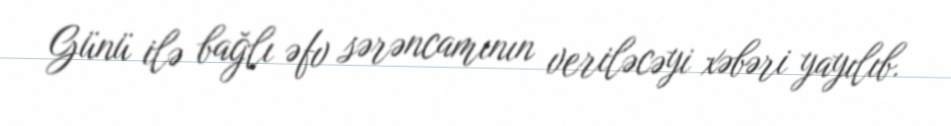
Günü ilə bağlı əfv sərəncamının veriləcəyi xəbəri yayılıb.